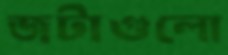
জটাগুলো